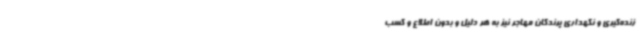
زنده‌گیری و نگهداری پرندگان مهاجر نیز به هر دلیل و بدون اطلاع و کسب